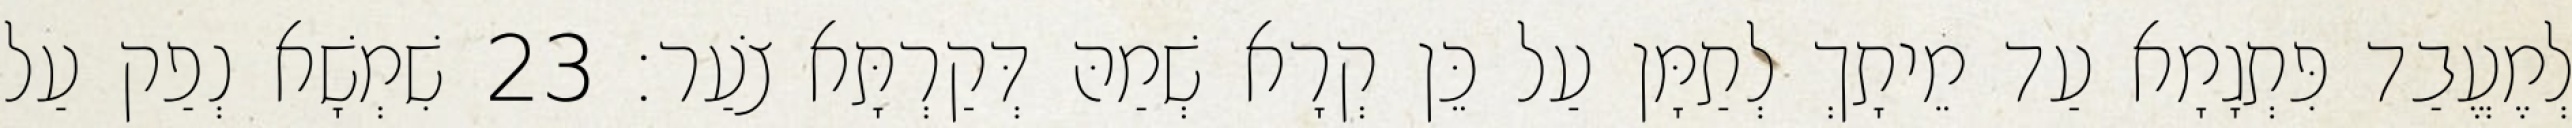
לְמֶעֱבַד פִּתְגָמָא עַד מֵיתָךְ לְתַמָּן עַל כֵּן קְרָא שְׁמַהּ דְּקַרְתָּא צֹעַר׃ 23 שִׁמְשָׁא נְפַק עַל